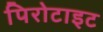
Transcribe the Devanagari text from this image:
पिरोटाइट